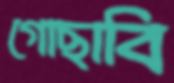
গোছাবি